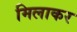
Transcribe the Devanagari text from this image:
मिलाकर